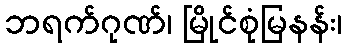
ဘရက်ဂုဏ်၊ မြိုင်စုံမြနန်း၊